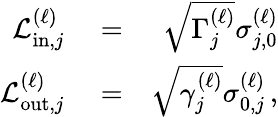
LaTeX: \begin{array}{rlr}{\mathcal{L}_{\mathrm{in},j}^{(\ell)}}&{{}=}&{\sqrt{\Gamma_{j}^{(\ell)}}\sigma_{j,0}^{\left(\ell\right)}}\\ {\mathcal{L}_{\mathrm{out},j}^{(\ell)}}&{{}=}&{\sqrt{\gamma_{j}^{(\ell)}}\sigma_{0,j}^{\left(\ell\right)}\, ,}\end{array}